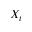
X _ { t }